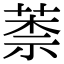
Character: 𦳐